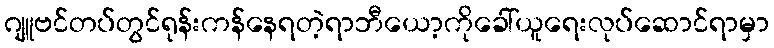
ဂျူဗင်တပ်တွင်ရုန်းကန်နေရတဲ့ရာဘီယော့ကိုခေါ်ယူရေးလုပ်ဆောင်ရာမှာ